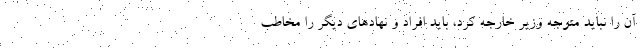
آن را نباید متوجه وزیر خارجه کرد، باید افراد و نهادهای دیگر را مخاطب